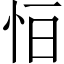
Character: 𢘆